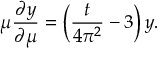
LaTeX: \mu \frac { \partial y } { \partial \mu } = \left( \frac { t } { 4 \pi ^ { 2 } } - 3 \right) y .